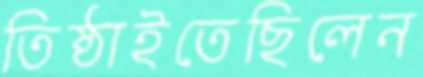
তিষ্ঠাইতেছিলেন